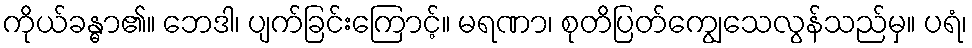
ကိုယ်ခန္ဓာ၏။ ဘေဒါ၊ ပျက်ခြင်းကြောင့်။ မရဏာ၊ စုတိပြတ်ကျွေသေလွန်သည်မှ။ ပရံ၊